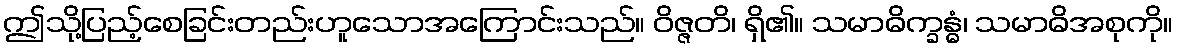
ဤသို့ပြည့်စေခြင်းတည်းဟူသောအကြောင်းသည်။ ဝိဇ္ဇတိ၊ ရှိ၏။ သမာဓိက္ခန္ဓံ၊ သမာဓိအစုကို။